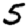
Digit: 5